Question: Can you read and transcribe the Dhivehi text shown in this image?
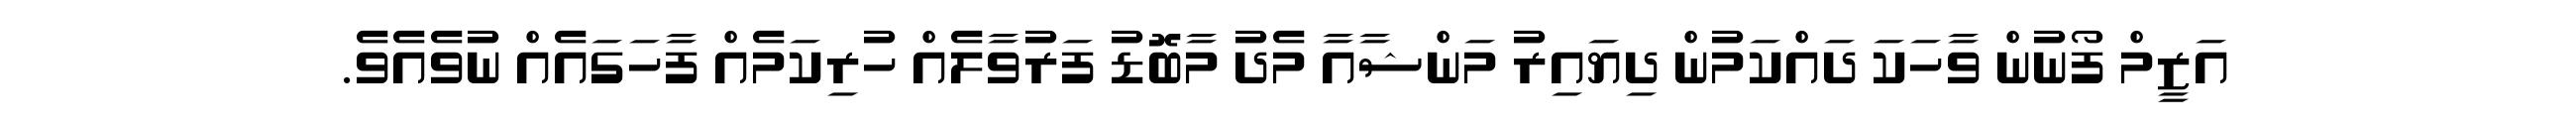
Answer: އަޒީމް ފޯނުން ވާހަކަ ދައްކަމުން ދިޔައިރު މަންޝާއާ މެދު މާބޮޑު ފަރުވާލެއް ހުރިކަމެއް ފާހަގައެއް ނުވެއެވެ.